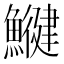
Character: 𩻥